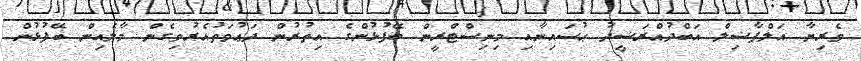
ވެރިޔާ އަލްފާޟިލް އަބްދުއްރަޝީދު ޙުސައިނާއި މިނިސްޓްރީން ބޭފުޅުންގެ އިތުރުން ދަޢުވަތުއެރުވިގެން މާލެއިން ބޭފުޅުން